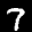
Label: 7